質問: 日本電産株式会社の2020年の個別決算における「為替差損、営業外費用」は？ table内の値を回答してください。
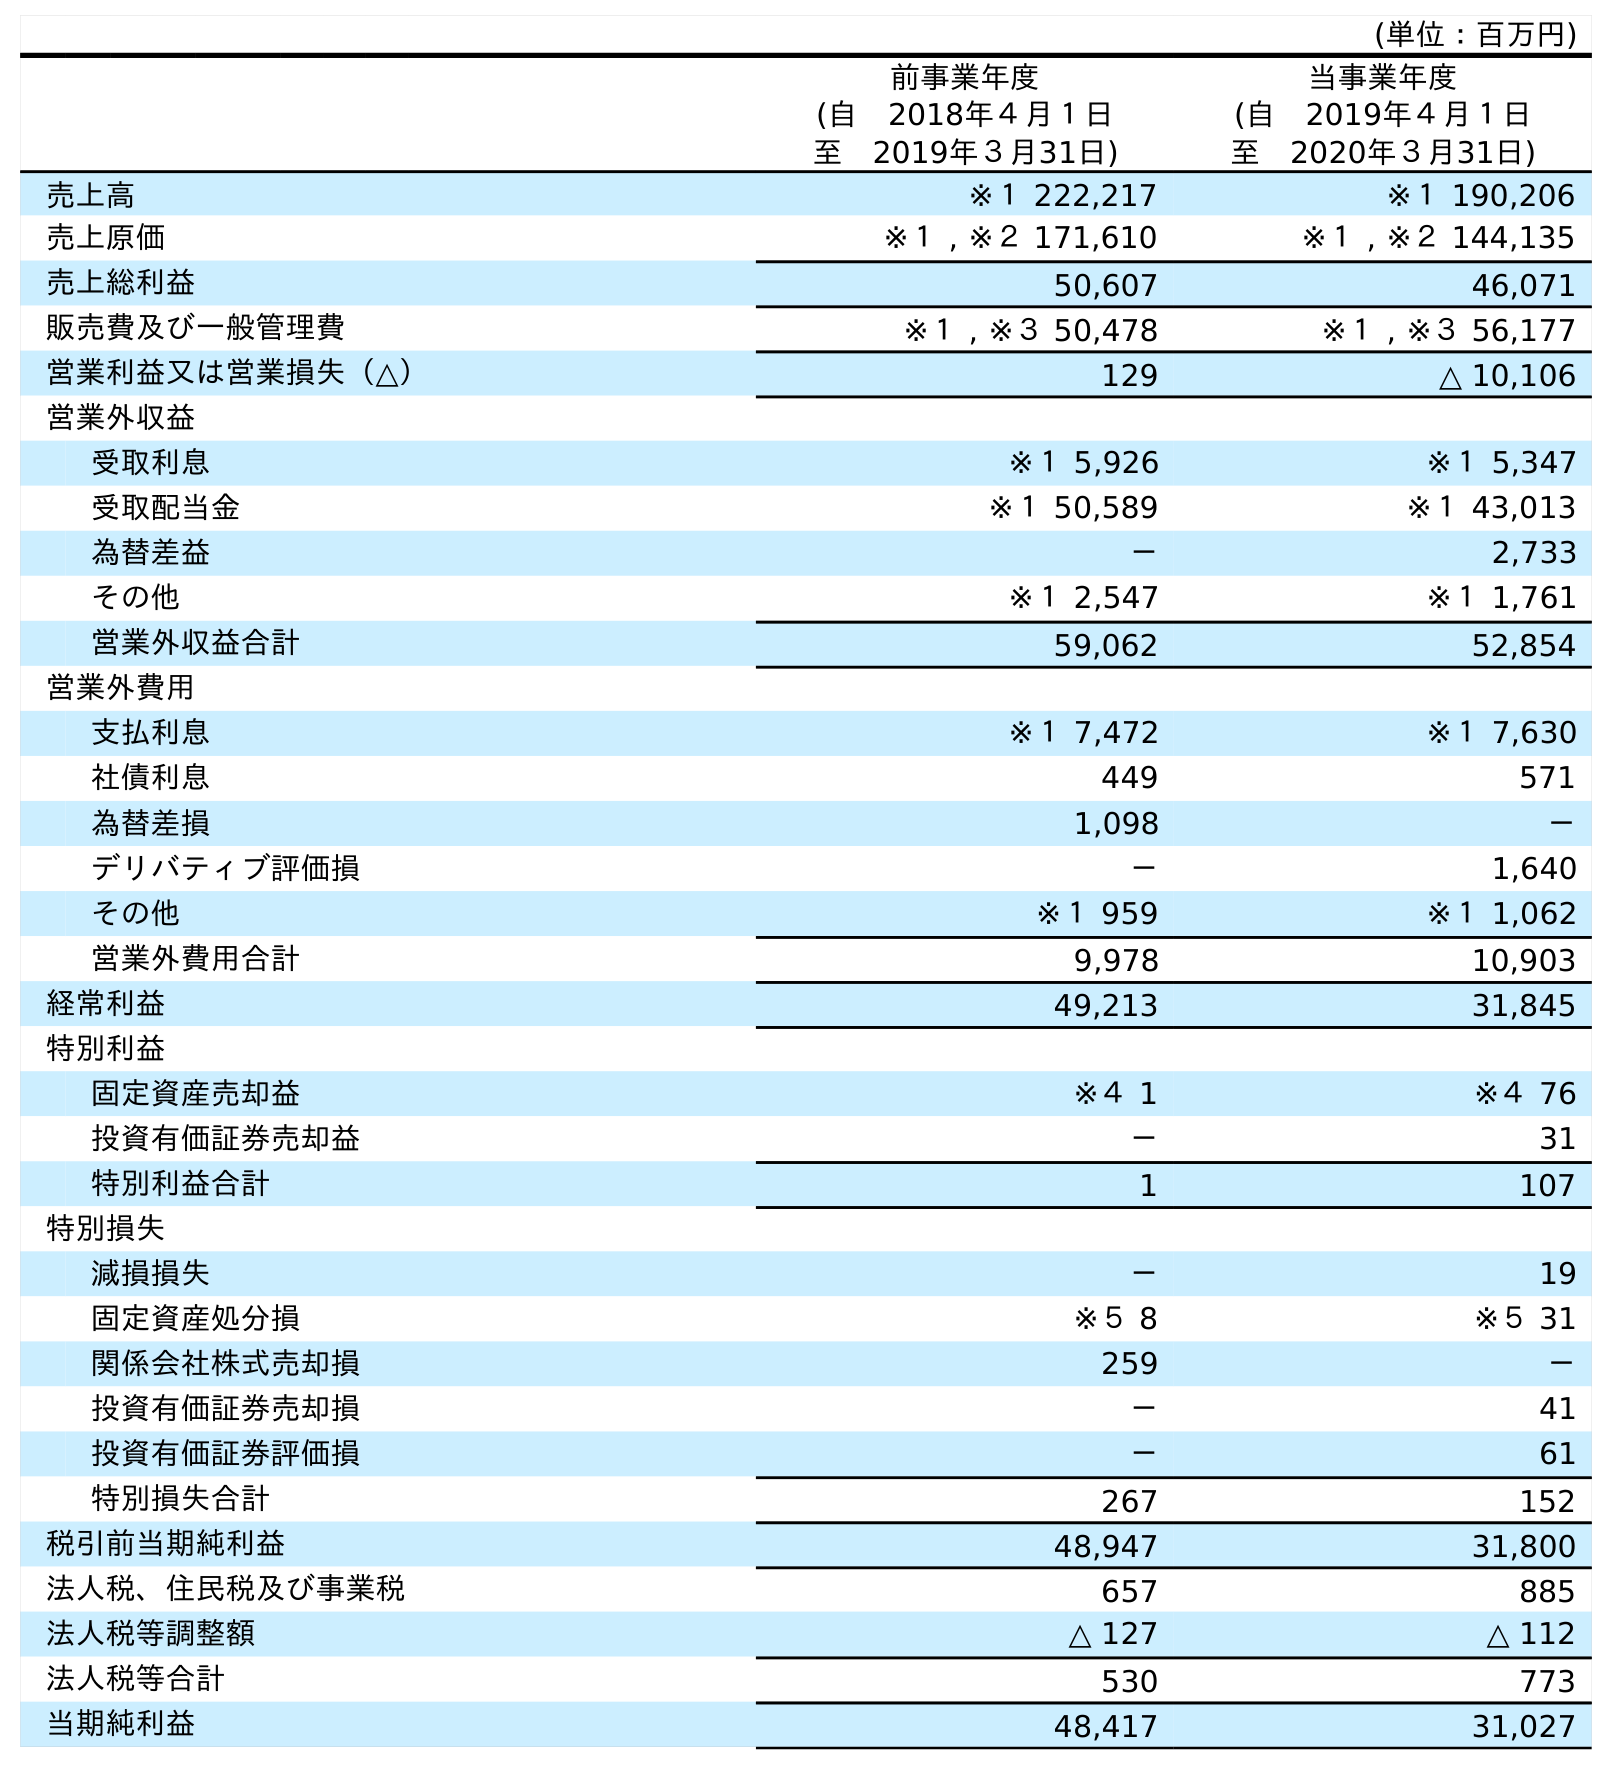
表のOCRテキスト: (単位：百万円) 前事業年度 (自 2018年４月１日 至 2019年３月31日) 当事業年度 (自 2019年４月１日 至 2020年３月31日) 売上高 ※１ 222,217 ※１ 190,206 売上原価 ※１ , ※２ 171,610 ※１ , ※２ 144,135 売上総利益 50,607 46,071 販売費及び一般管理費 ※１ , ※３ 50,478 ※１ , ※３ 56,177 営業利益又は営業損失（△） 129 △ 10,106 営業外収益 受取利息 ※１ 5,926 ※１ 5,347 受取配当金 ※１ 50,589 ※１ 43,013 為替差益 － 2,733 その他 ※１ 2,547 ※１ 1,761 営業外収益合計 59,062 52,854 営業外費用 支払利息 ※１ 7,472 ※１ 7,630 社債利息 449 571 為替差損 1,098 － デリバティブ評価損 － 1,640 その他 ※１ 959 ※１ 1,062 営業外費用合計 9,978 10,903 経常利益 49,213 31,845 特別利益 固定資産売却益 ※４ 1 ※４ 76 投資有価証券売却益 － 31 特別利益合計 1 107 特別損失 減損損失 － 19 固定資産処分損 ※５ 8 ※５ 31 関係会社株式売却損 259 － 投資有価証券売却損 － 41 投資有価証券評価損 － 61 特別損失合計 267 152 税引前当期純利益 48,947 31,800 法人税、住民税及び事業税 657 885 法人税等調整額 △ 127 △ 112 法人税等合計 530 773 当期純利益 48,417 31,027
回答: －